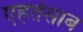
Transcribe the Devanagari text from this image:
एहतेसाब